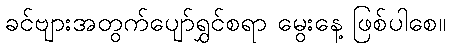
ခင်ဗျားအတွက်ပျော်ရွှင်စရာ မွေးနေ့ ဖြစ်ပါစေ။